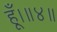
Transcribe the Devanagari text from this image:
हूँ।॥४॥